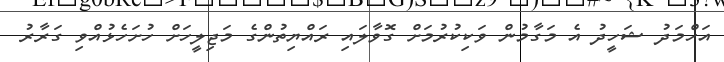
އަހްމަދު ޝަހީދު އެ މަގާމުން ވަކިކުރުމަށް ގޮވާލައި ރައްޔިތުންގެ މަޖިލީހަށް ހުށަހެޅުއްވި ގަރާރު